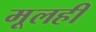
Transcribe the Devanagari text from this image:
मूलही